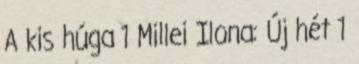
A kis húga 1 Millei Ilona: Új hét 1